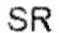
SR